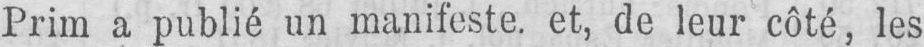
Prim a publié un manifeste, et, de leur côté, les